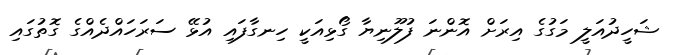
ޝަހީދުއަލީ މަގުގެ އިރަށް އޮންނަ ފުލޫނިޔާ ގޯޅިއަކީ ހިނގާފައި އުޅޭ ސަރަހައްދެއްގެ ގޮތުގައި